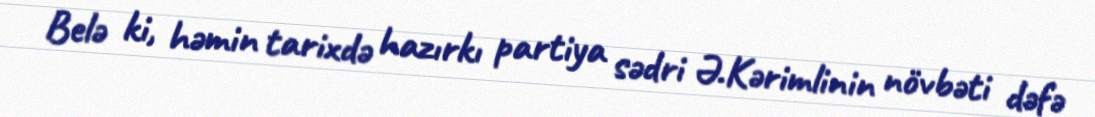
Belə ki, həmin tarixdə hazırkı partiya sədri Ə.Kərimlinin növbəti dəfə